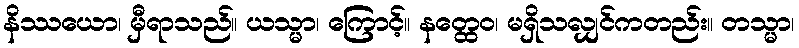
နိဿယော၊ မှီရာသည်။ ယသ္မာ၊ ကြောင့်။ နတ္ထေဝ၊ မရှိသလျှင်ကတည်း။ တသ္မာ၊